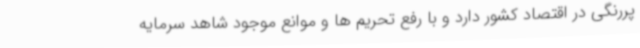
پررنگی در اقتصاد کشور دارد و با رفع تحریم ها و موانع موجود شاهد سرمایه